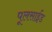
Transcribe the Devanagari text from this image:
पूलसाईंड